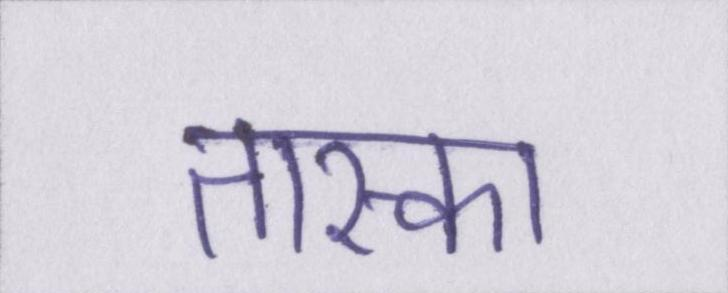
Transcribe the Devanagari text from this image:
तास्का